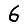
Digit: 6